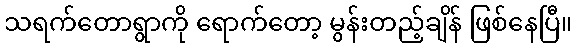
သရက်တောရွာကို ရောက်တော့ မွန်းတည့်ချိန် ဖြစ်နေပြီ။